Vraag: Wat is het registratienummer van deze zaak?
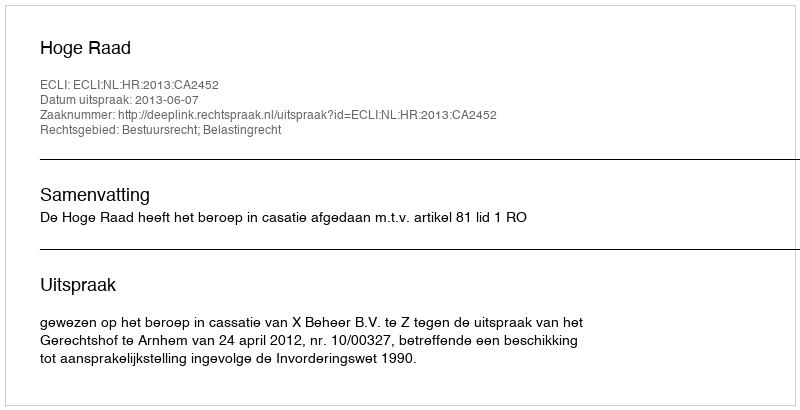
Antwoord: http://deeplink.rechtspraak.nl/uitspraak?id=ECLI:NL:HR:2013:CA2452